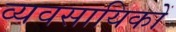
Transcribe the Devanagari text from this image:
व्यवसायिकों